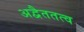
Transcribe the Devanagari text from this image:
अद्वैततत्व